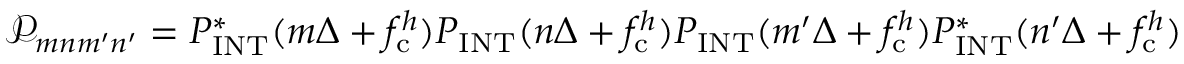
\mathcal { P } _ { m n m ^ { \prime } n ^ { \prime } } = P _ { \mathrm { I N T } } ^ { \ast } ( m \Delta + f _ { \mathrm { c } } ^ { h } ) P _ { \mathrm { I N T } } ( n \Delta + f _ { \mathrm { c } } ^ { h } ) P _ { \mathrm { I N T } } ( m ^ { \prime } \Delta + f _ { \mathrm { c } } ^ { h } ) P _ { \mathrm { I N T } } ^ { \ast } ( n ^ { \prime } \Delta + f _ { \mathrm { c } } ^ { h } )